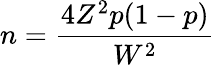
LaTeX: n={\frac{4Z^{2}p(1-p)}{W^{2}}}